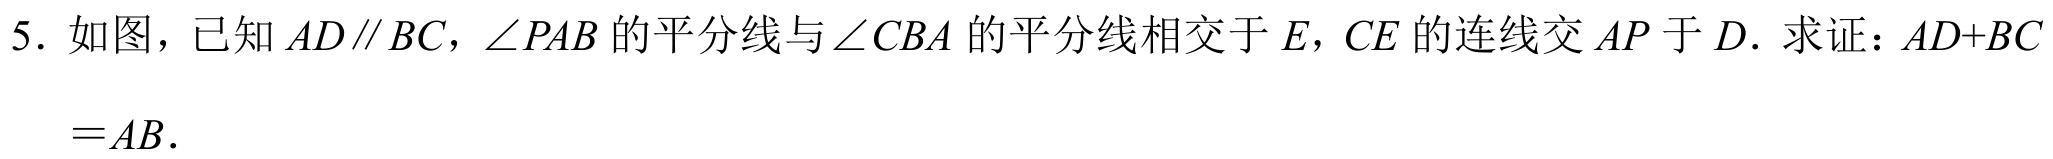
5. 如图，已知$AD\parallel BC$，$\angle PAB$的平分线与$\angle CBA$的平分线相交于$E$，$CE$的连线交$AP$于$D$. 求证：$AD + BC$
$=AB$.